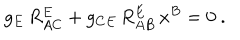
g _ { E } \, R _ { A C } ^ { E } + g _ { C E } \, R _ { A B } ^ { E } \, x ^ { B } = 0 \ .